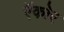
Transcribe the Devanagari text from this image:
ऍकोर